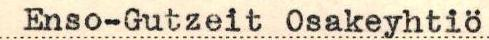
Enso-Gutzeit Osakeyhtiö